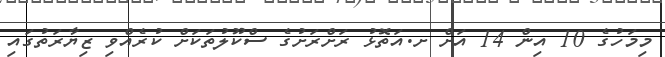
މިމަހުގެ 10 އިން 14 އަށް ށ.އަތޮޅު ރަށްރަށުގެ ސްކޫލުތަކަށް ކުރެއްވި ޒިޔާރަތުގައި